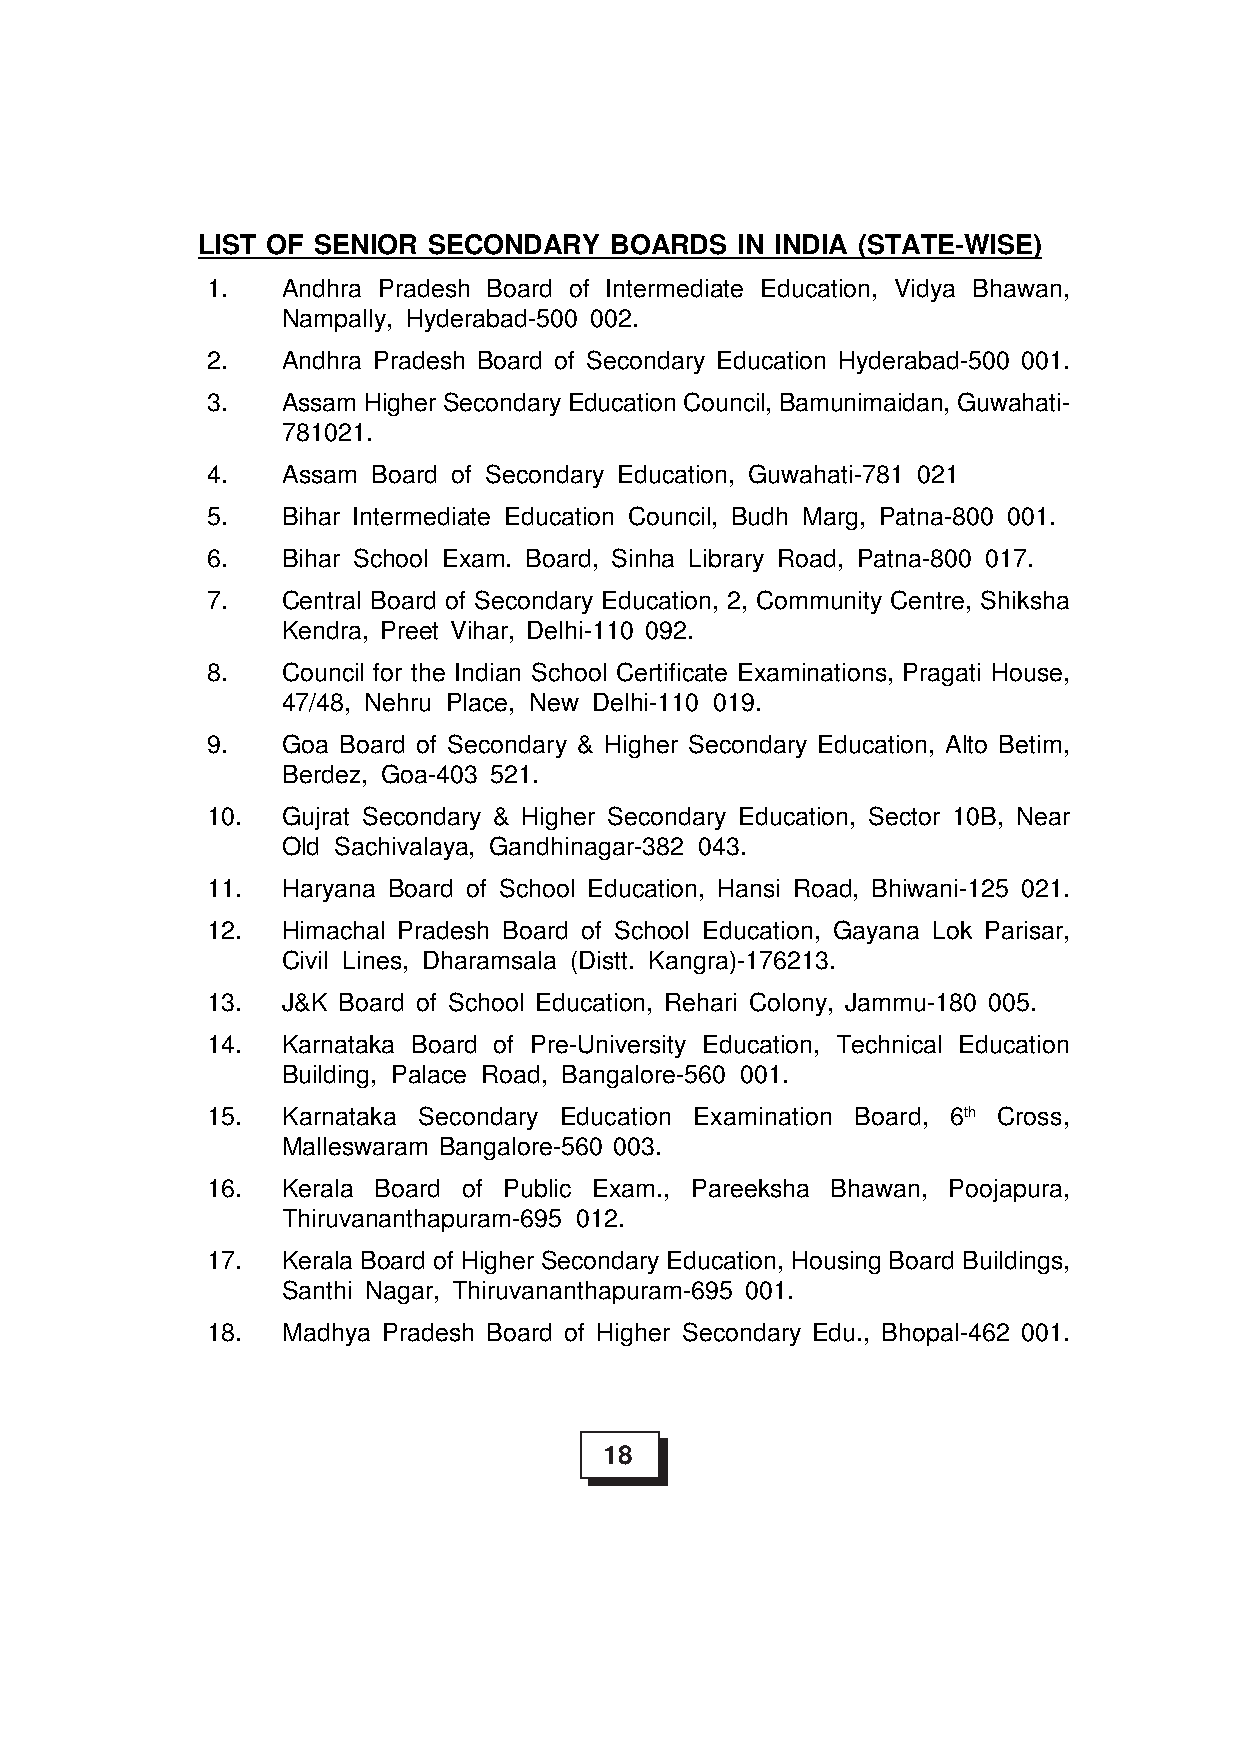
LIST OF SENIOR SECONDARY   BOARDS   IN INDIA (STATE-WISE)
 1.   Andhra Pradesh Board of Intermediate Education, Vidya Bhawan,
 Nampally, Hyderabad-500 002.
 2.   Andhra Pradesh Board of Secondary Education Hyderabad-500 001.
 3.   Assam Higher Secondary Education Council, Bamunimaidan, Guwahati-
 781021.
 4.   Assam Board of Secondary Education, Guwahati-781 021
 5.   Bihar Intermediate Education Council, Budh Marg, Patna-800 001.
 6.   Bihar School Exam. Board, Sinha Library Road, Patna-800 017.
 7.   Central Board of Secondary Education, 2, Community Centre, Shiksha
 Kendra, Preet Vihar, Delhi-110 092.
 8.   Council for the Indian School Certificate Examinations, Pragati House,
 47/48, Nehru Place, New Delhi-110 019.
 9.   Goa Board of Secondary & Higher Secondary Education, Alto Betim,
 Berdez, Goa-403 521.
 10.  Gujrat Secondary & Higher Secondary Education, Sector 10B, Near
 Old Sachivalaya, Gandhinagar-382 043.
 11.  Haryana Board of School Education, Hansi Road, Bhiwani-125 021.
 12.  Himachal Pradesh Board of School Education, Gayana Lok Parisar,
 Civil Lines, Dharamsala (Distt. Kangra)-176213.
 13.  J&K Board of School Education, Rehari Colony, Jammu-180 005.
 14.  Karnataka Board of Pre-University Education, Technical Education
 Building, Palace Road, Bangalore-560 001.
 15.  Karnataka Secondary Education Examination Board, 6th Cross,
 Malleswaram Bangalore-560 003.
 16.  Kerala Board of Public Exam., Pareeksha Bhawan, Poojapura,
 Thiruvananthapuram-695 012.
 17.  Kerala Board of Higher Secondary Education, Housing Board Buildings,
 Santhi Nagar, Thiruvananthapuram-695 001.
 18.  Madhya Pradesh Board of Higher Secondary Edu., Bhopal-462 001.
 18